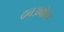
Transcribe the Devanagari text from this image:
दनअबोला